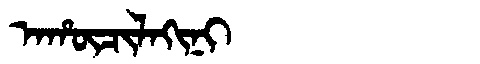
Manchu: ᠠᡥᡡᠴᡳᠯᠠᡴᡳᠨᡳ
Romanization: AHŪCILAKINI